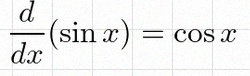
\frac{d}{dx}(\sin x)=\cos x